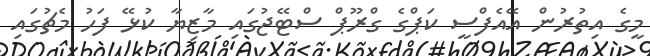
މީގެ އިތުރުން އޭއެފްސީ ކަޕްގެ ގްރޫޕް ސްޓޭޖުގައި މާޒިޔާ ކުޅޭ ފަހު މެޗުގައި